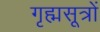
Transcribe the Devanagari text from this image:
गृह्मसूत्रों